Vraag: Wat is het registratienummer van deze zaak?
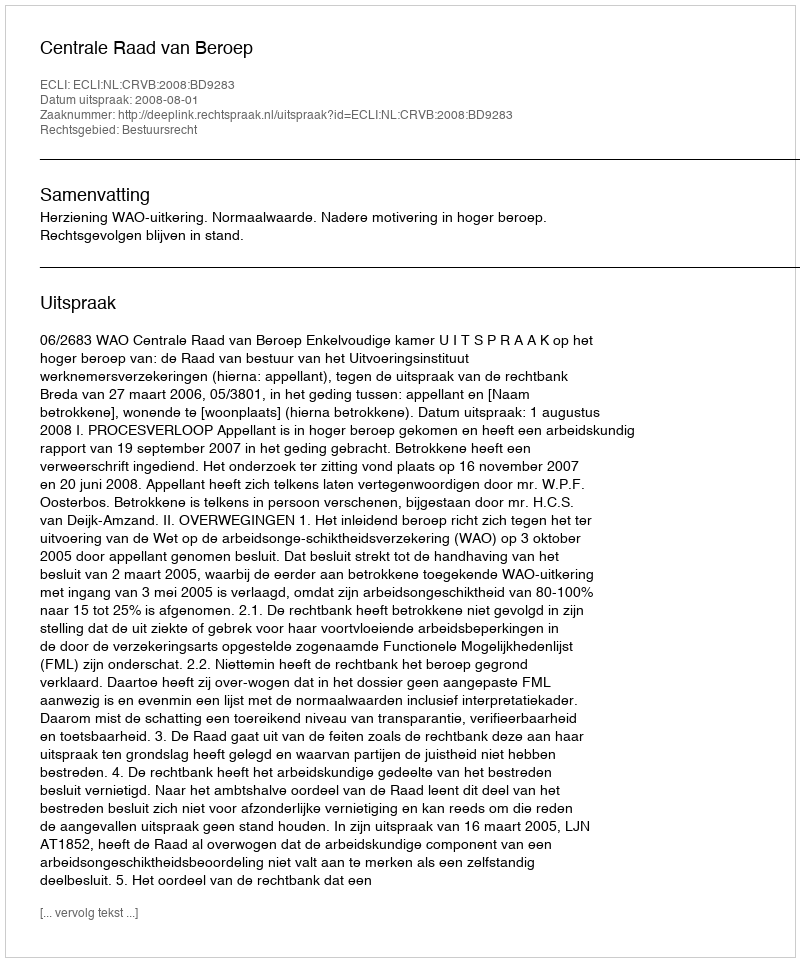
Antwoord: http://deeplink.rechtspraak.nl/uitspraak?id=ECLI:NL:CRVB:2008:BD9283